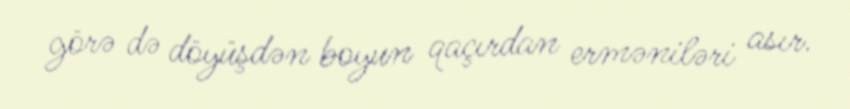
görə də döyüşdən boyun qaçırdan erməniləri asır.